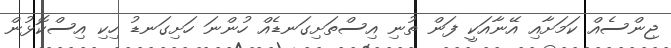
ޖިންސެއް ކަމަށާއި އޭނާއަކީ ފަން ތުނި އިސްތަށިގަނޑެއް ހުންނަ ހަށިގަނޑު ހިކި އިސްކޮޅުން